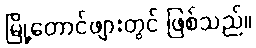
မြို့တောင်ဖျားတွင် ဖြစ်သည်။